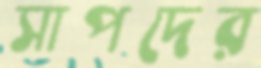
সাপদের